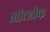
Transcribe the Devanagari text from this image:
स्वीटलीफ